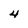
Character: 4